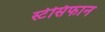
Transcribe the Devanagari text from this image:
स्टेसिफान